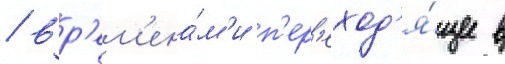
/ вр'ем'ена́м'и п'ер'еход'я́щее в